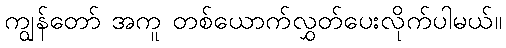
ကျွန်တော် အကူ တစ်ယောက်လွှတ်ပေးလိုက်ပါမယ်။